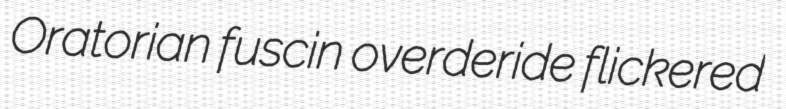
Oratorian fuscin overderide flickered